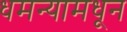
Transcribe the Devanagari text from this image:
धमन्यामधून